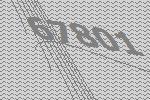
67801